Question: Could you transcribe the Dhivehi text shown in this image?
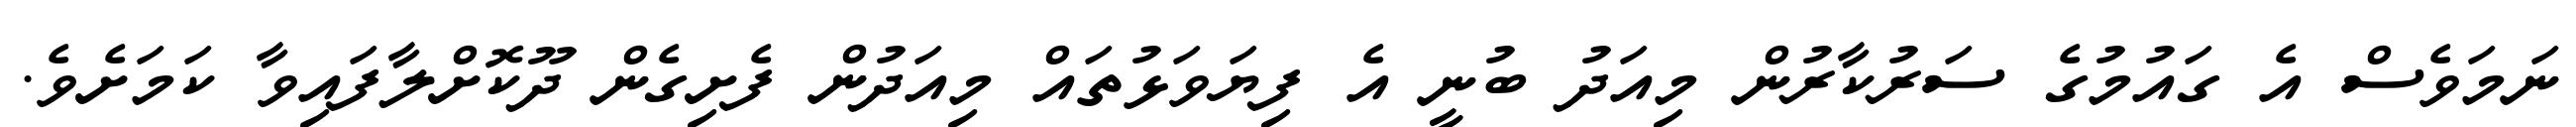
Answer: ނަމަވެސް އެ ގައުމުގެ ސަރުކާރުން މިއަދު ބުނީ އެ ފިޔަވަޅުތައް މިއަދުން ފެށިގެން ދޫކޮށްލާފައިވާ ކަމަށެވެ.